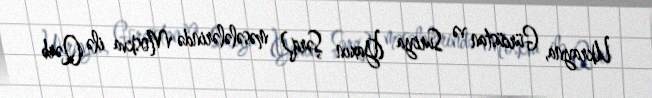
Ukrayna, Gürcüstan və Suriya (Yaxın Şərq) məsələlərində Moskva ilə Qərb